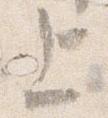
上